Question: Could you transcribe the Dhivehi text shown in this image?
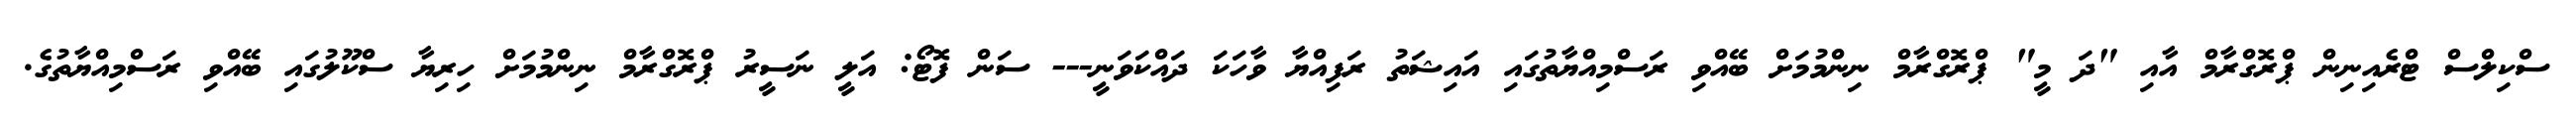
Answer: ސްކިލްސް ޓްރެއިނިން ޕްރޮގްރާމް އާއި "ދަ މީ" ޕްރޮގްރާމް ނިންމުމަށް ބޭއްވި ރަސްމިއްޔާތުގައި އައިޝަތު ރަފިއްޔާ ވާހަކަ ދައްކަވަނީ--- ސަން ފޮޓޯ: އަލީ ނަސީރު ޕްރޮގްރާމް ނިންމުމަށް ހިރިޔާ ސްކޫލުގައި ބޭއްވި ރަސްމިއްޔާތުގެ.